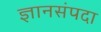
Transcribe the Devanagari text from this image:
ज्ञानसंपदा